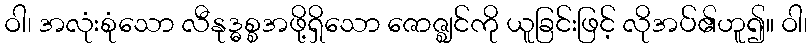
ဝါ၊ အလုံးစုံသော လီနုဒ္ဓစ္စအဖို့ရှိသော ဇောဇ္ဈင်ကို ယူခြင်းဖြင့် လိုအပ်၏ဟူ၍။ ဝါ၊